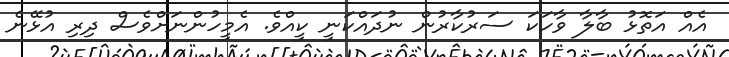
އެއް އަތޮޅު ބާލާ ވާހަކަ ސަރުކާރުން ނުދައްކަނީ ކީއްވެ. އެމީހުންނަށްވެސް ދިރި އުޅޭނެ